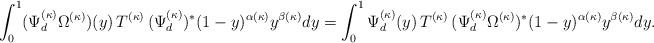
LaTeX: \begin{align*}\int_0^1 (\Psi_d^{(\kappa)}\Omega^{(\kappa)})(y)\, T^{(\kappa)} \, (\Psi_d^{(\kappa)})^*(1-y)^{\alpha(\kappa)} y^{\beta(\kappa)}dy = \int_0^1 \Psi_d^{(\kappa)}(y)\,T^{(\kappa)} \, (\Psi_d^{(\kappa)}\Omega^{(\kappa)})^* (1-y)^{\alpha(\kappa)}y^{\beta(\kappa)} dy. \end{align*}